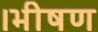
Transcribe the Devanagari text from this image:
।भीषण